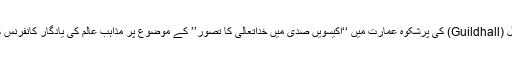
11فروی 2014ء کو لندن کے تاریخی گلڈ ہال (Guildhall) کی پرشکوہ عمارت میں ‘‘اکیسویں صدی میں خداتعالیٰ کا تصوّر’’ کے موضوع پر مذاہب عالم کی یادگار کانفرنس کا انعقاد کرواکے ایک نئی تاریخ رقم کی گئی۔